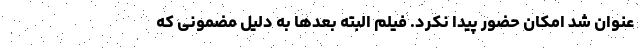
عنوان شد امکان حضور پیدا نکرد. فیلم البته بعدها به دلیل مضمونی که